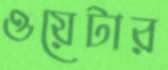
ওয়েটার